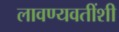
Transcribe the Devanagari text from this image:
लावण्यवतींशी